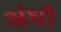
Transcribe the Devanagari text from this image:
अंधौ